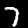
Digit: 7